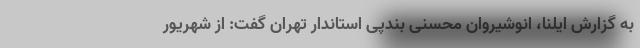
به گزارش ایلنا، انوشیروان محسنی بندپی استاندار تهران گفت: از شهریور